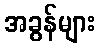
အခွန်များ